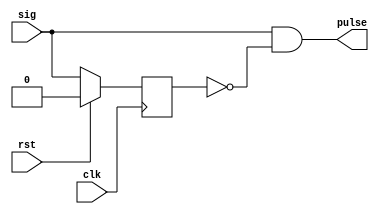

//
//  HPSDR - High Performance Software Defined Radio
//
//  Hermes code. 
//
//  This program is free software; you can redistribute it and/or modify
//  it under the terms of the GNU General Public License as published by
//  the Free Software Foundation; either version 2 of the License, or
//  (at your option) any later version.
//
//  This program is distributed in the hope that it will be useful,
//  but WITHOUT ANY WARRANTY; without even the implied warranty of
//  MERCHANTABILITY or FITNESS FOR A PARTICULAR PURPOSE.  See the
//  GNU General Public License for more details.
//
//  You should have received a copy of the GNU General Public License
//  along with this program; if not, write to the Free Software
//  Foundation, Inc., 59 Temple Place, Suite 330, Boston, MA  02111-1307  USA

// (C) Kirk Weedman KD7IRS  2006, 2007, 2008, 2009, 2010, 2011, 2012 



// create a pulse for the rising edge of a signal

/*

          +--+  +--+  +--+  +--+  +--+  +--+  +--+  +--+  +--+  +--+  +--+  +--+
clk 	  --+  +--+  +--+  +--+  +--+  +--+  +--+  +--+  +--+  +--+  +--+  +--+

                            +-----------------------------------------------------
sig     --------------------+

										    +------------------------------------------------
p1      --------------------------+

		  --------------------------+
!p1     					             +------------------------------------------------

							       +-----+
pulse   --------------------+     +------------------------------------------------


*/


`timescale 1 ns/100 ps

module pulsegen (
input wire sig,
input wire rst,
input wire clk,
output wire pulse);

parameter TPD = 0.7;

reg p1;
always @(posedge clk)
begin
  if (rst)
    p1 <= #TPD 1'b0;
  else
    p1 <= #TPD sig; // sig must be synchronous to clk
end

assign pulse = sig & !p1; // one clk wide signal at the rising edge of sig

endmodule